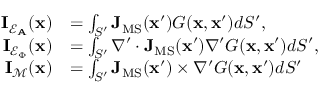
\begin{array} { r l } { \mathbf { I } _ { \mathcal { E } _ { \mathbf { A } } } ( \mathbf { x } ) } & { = \int _ { S ^ { \prime } } \mathbf { J } _ { \mathrm { M S } } ( \mathbf { x } ^ { \prime } ) G ( \mathbf { x } , \mathbf { x } ^ { \prime } ) d S ^ { \prime } , } \\ { \mathbf { I } _ { \mathcal { E } _ { \Phi } } ( \mathbf { x } ) } & { = \int _ { S ^ { \prime } } \nabla ^ { \prime } \cdot \mathbf { J } _ { \mathrm { M S } } ( \mathbf { x } ^ { \prime } ) \nabla ^ { \prime } G ( \mathbf { x } , \mathbf { x } ^ { \prime } ) d S ^ { \prime } , } \\ { \mathbf { I } _ { \mathcal { M } } ( \mathbf { x } ) } & { = \int _ { S ^ { \prime } } \mathbf { J } _ { \mathrm { M S } } ( \mathbf { x } ^ { \prime } ) \times \nabla ^ { \prime } G ( \mathbf { x } , \mathbf { x } ^ { \prime } ) d S ^ { \prime } } \end{array}